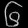
Digit: ၆